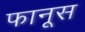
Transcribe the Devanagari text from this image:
फानूस